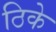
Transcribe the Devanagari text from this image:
ठिके